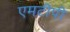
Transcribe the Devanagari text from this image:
एमटीपी